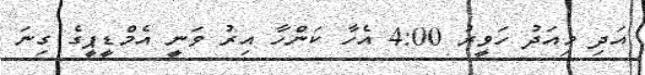
އަދި މިއަދު ހަވީރު 4:00 އެހާ ކަންހާ އިރު ވަނީ އެމްޑީޕީގެ ގިނަ